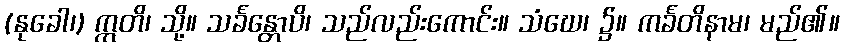
(နုခေါ၊) ဣတိ၊ သို့။ သင်္ခန္တောပိ၊ သည်လည်းကောင်း။ သံဃေ၊ ၌။ ကင်္ခတိနာမ၊ မည်၏။